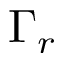
\Gamma _ { r }